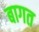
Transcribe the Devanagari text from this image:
बागत